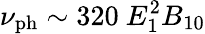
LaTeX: \nu_{\mathrm{ph}}\sim 320~E_{1}^{2}B_{10}